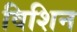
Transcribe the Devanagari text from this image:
विशिन